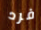
فرد